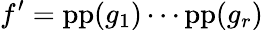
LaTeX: f^{\prime}=\operatorname{pp}(g_{1})\cdots\operatorname{pp}(g_{r})